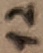
Text: 12